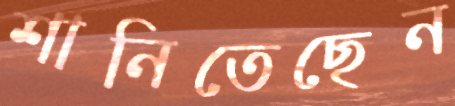
শানিতেছেন